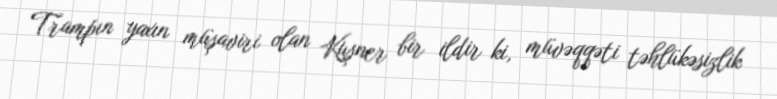
Trampın yaxın müşaviri olan Kuşner bir ildir ki, müvəqqəti təhlükəsizlik